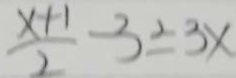
\frac { x + 1 } { 2 } - 3 = 3 x